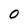
Character: O